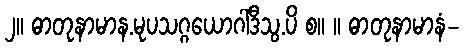
၂။ ဓာတုနာမာန.မုပသဂ္ဂယောဂါဒီသွ.ပိ စ။ ။ ဓာတုနာမာနံ-